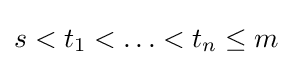
s<t_{1}<\ldots <t_{n}\leq m